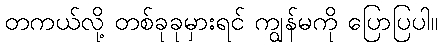
တကယ်လို့ တစ်ခုခုမှားရင် ကျွန်မကို ပြောပြပါ။